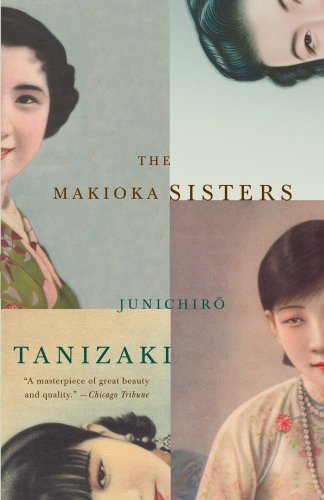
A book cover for The Makioka Sisters; Junichiro Tanizaki; Literature & Fiction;